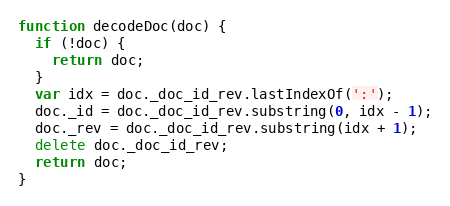
Language: JavaScript
function decodeDoc(doc) {
  if (!doc) {
    return doc;
  }
  var idx = doc._doc_id_rev.lastIndexOf(':');
  doc._id = doc._doc_id_rev.substring(0, idx - 1);
  doc._rev = doc._doc_id_rev.substring(idx + 1);
  delete doc._doc_id_rev;
  return doc;
}